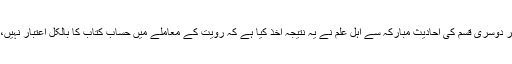
ان دونوں اور خاص طور پر دوسری قسم کی احادیث مبارکہ سے اہل علم نے یہ نتیجہ اخذ کیا ہے کہ رویت کے معاملے میں حساب کتاب کا بالکل اعتبار نہیں، اصل معیار رویت ہی ہے۔